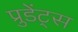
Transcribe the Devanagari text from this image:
प्रुडेंट्स